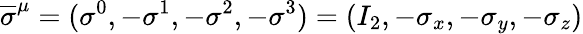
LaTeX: {\overline{{\sigma}}}^{\mu}=(\sigma^{0},-\sigma^{1},-\sigma^{2},-\sigma^{3})=(I_{2},-\sigma_{x},-\sigma_{y},-\sigma_{z})